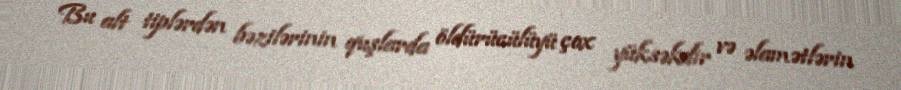
Bu alt tiplərdən bəzilərinin quşlarda öldürücülüyü çox yüksəkdir və əlamətlərin